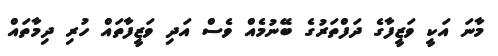
މާނަ އަކީ ވަޒީފާގެ ދަފްތަރުގެ ބޭނުމެއް ވެސް އަދި ވަޒީފާތައް ހުރި ދިމާތައް